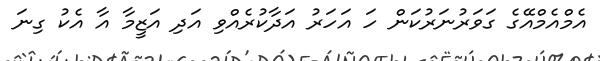
އެމްއެމްއޭގެ ގަވަރުނަރުކަން ހަ އަހަރު އަދާކުރެއްވި އަދި އަޒީމާ އާ އެކު ގިނަ